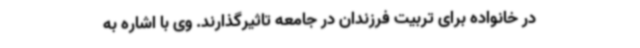
در خانواده برای تربیت فرزندان در جامعه تاثیرگذارند. وی با اشاره به